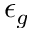
\epsilon _ { g }